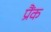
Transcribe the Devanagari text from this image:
प्रैंक